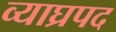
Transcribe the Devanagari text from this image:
व्याघ्रपद